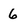
Character: 6